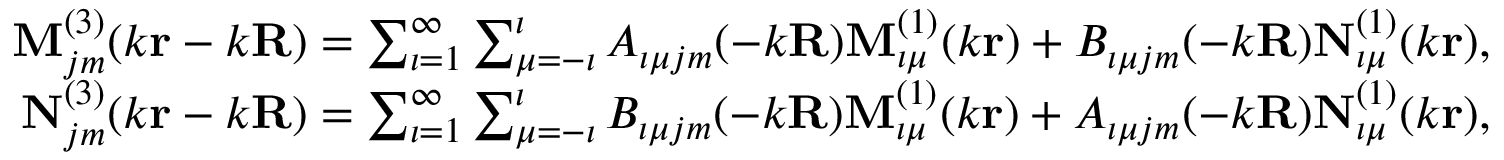
\begin{array} { r } { \mathbf { M } _ { j m } ^ { ( 3 ) } ( k { \mathbf { r } } - k { \mathbf { R } } ) = \sum _ { \iota = 1 } ^ { \infty } \sum _ { \mu = - \iota } ^ { \iota } A _ { \iota \mu j m } ( - k { \mathbf { R } } ) \mathbf { M } _ { \iota \mu } ^ { ( 1 ) } ( k { \mathbf { r } } ) + B _ { \iota \mu j m } ( - k { \mathbf { R } } ) \mathbf { N } _ { \iota \mu } ^ { ( 1 ) } ( k { \mathbf { r } } ) , } \\ { \mathbf { N } _ { j m } ^ { ( 3 ) } ( k { \mathbf { r } } - k { \mathbf { R } } ) = \sum _ { \iota = 1 } ^ { \infty } \sum _ { \mu = - \iota } ^ { \iota } B _ { \iota \mu j m } ( - k { \mathbf { R } } ) \mathbf { M } _ { \iota \mu } ^ { ( 1 ) } ( k { \mathbf { r } } ) + A _ { \iota \mu j m } ( - k { \mathbf { R } } ) \mathbf { N } _ { \iota \mu } ^ { ( 1 ) } ( k { \mathbf { r } } ) , } \end{array}